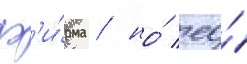
ф'и́рма / но́ ео́